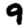
Digit: 9